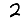
Digit: 2